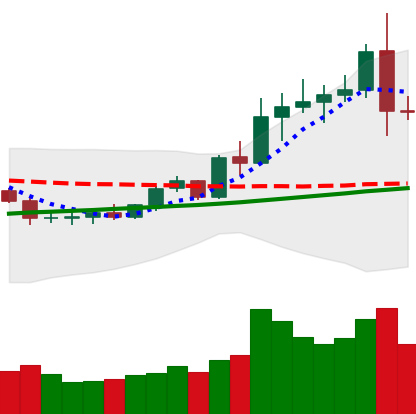
Ticker: ETC-USD
Chart end date: 2020-08-03
Forward return: -3.663%
Label: down_3_5